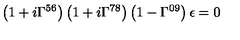
\left( 1 + i \Gamma ^ { 5 6 } \right) \left( 1 + i \Gamma ^ { 7 8 } \right) \left( 1 - \Gamma ^ { 0 9 } \right) \epsilon = 0